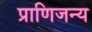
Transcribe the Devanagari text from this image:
प्राणिजन्य